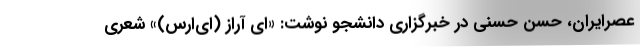
عصرایران، حسن حسنی در خبرگزاری دانشجو نوشت: «ای آراز (ای‌ارس)» شعری